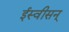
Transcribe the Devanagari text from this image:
ईस्वीसन्